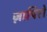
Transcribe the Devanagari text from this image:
ज़ापिरो